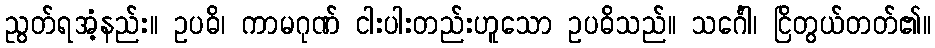
ညွတ်ရအံ့နည်း။ ဥပဓိ၊ ကာမဂုဏ် ငါးပါးတည်းဟူသော ဥပဓိသည်။ သင်္ဂေါ၊ ငြိတွယ်တတ်၏။